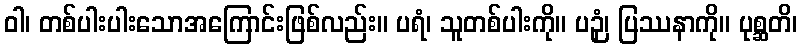
ဝါ၊ တစ်ပါးပါးသောအကြောင်းဖြစ်လည်း။ ပရံ၊ သူတစ်ပါးကို။ ပဉှံ၊ ပြဿနာကို။ ပုစ္ဆတိ၊